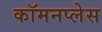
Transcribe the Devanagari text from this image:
कॉमनप्लेस